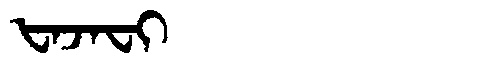
Manchu: ᡶᠠᠵᠠᠸᡳ
Romanization: FAJAFI